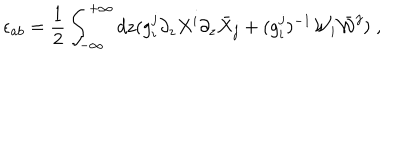
LaTeX: \epsilon _ { a b } = \frac { 1 } { 2 } \int _ { - \infty } ^ { + \infty } d z ( g _ { i } ^ { j } \partial _ { z } X ^ { i } \partial _ { z } \bar { X } _ { j } + ( g _ { i } ^ { j } ) ^ { - 1 } { \cal W } _ { i } \bar { { \cal W } } ^ { j } ) \; ,